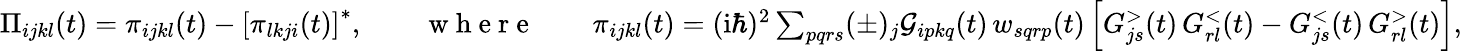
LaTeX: \begin{array}{r}{\Pi_{ijkl}(t)=\pi_{ijkl}(t)-\left[\pi_{lkji}(t)\right]^{*},\qquad\mathrm{~w~h~e~r~e~}\qquad\pi_{ijkl}(t)=(\mathrm{i}\hbar)^{2}\sum_{pqrs}(\pm)_{j}\mathcal{G}_{ipkq}(t)\, w_{sqrp}(t)\left[G_{js}^{>}(t)\, G_{rl}^{<}(t)-G_{js}^{<}(t)\, G_{rl}^{>}(t)\right],}\end{array}